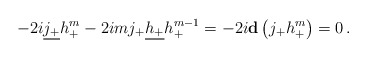
\begin{align*}-2i\underline{j_+} h_+^m - 2im j_+\underline{h_+} h_+^{m-1} = -2i{\bf d}\left(j_+ h_+^m\right)=0 \,.\end{align*}